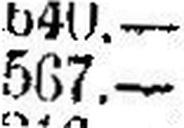
567.—